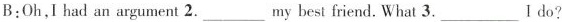
B:Oh,I had an argument 2.___my best friend. What 3.___I do?